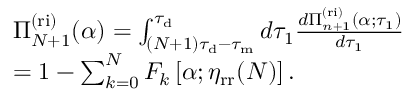
\begin{array} { r l } & { \Pi _ { N + 1 } ^ { \mathrm { ( r i ) } } ( \alpha ) = \int _ { ( N + 1 ) \tau _ { \mathrm { d } } - \tau _ { \mathrm { m } } } ^ { \tau _ { \mathrm { d } } } d \tau _ { 1 } \frac { d \Pi _ { n + 1 } ^ { \mathrm { ( r i ) } } ( \alpha ; \tau _ { 1 } ) } { d \tau _ { 1 } } } \\ & { = 1 - \sum _ { k = 0 } ^ { N } F _ { k } \left[ \alpha ; \eta _ { \mathrm { r r } } ( N ) \right] . } \end{array}